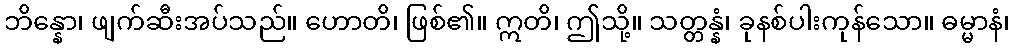
ဘိန္နော၊ ဖျက်ဆီးအပ်သည်။ ဟောတိ၊ ဖြစ်၏။ ဣတိ၊ ဤသို့။ သတ္တန္နံ၊ ခုနစ်ပါးကုန်သော။ ဓမ္မာနံ၊